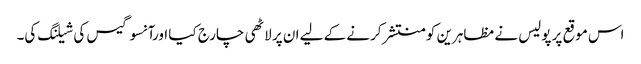
اس موقع پر پولیس نے مظاہرین کو منتشر کرنے کے لیے ان پر لاٹھی چارج کیا اورآنسو گیس کی شیلنگ کی۔